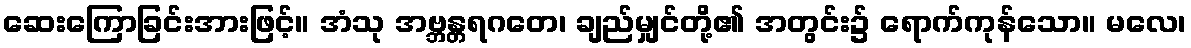
ဆေးကြောခြင်းအားဖြင့်။ အံသု အဗ္ဘန္တရဂတေ၊ ချည်မျှင်တို့၏ အတွင်း၌ ရောက်ကုန်သော။ မလေ၊